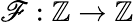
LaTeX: \mathscr{F}:\mathbb{{Z}}\to\mathbb{{Z}}